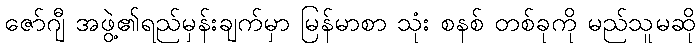
ဇော်ဂျီ အဖွဲ့၏ရည်မှန်းချက်မှာ မြန်မာစာ သုံး စနစ် တစ်ခုကို မည်သူမဆို